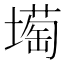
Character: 𡐺